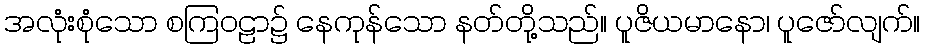
အလုံးစုံသော စကြဝဠာ၌ နေကုန်သော နတ်တို့သည်။ ပူဇိယမာနော၊ ပူဇော်လျက်။